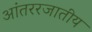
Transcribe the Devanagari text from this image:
आंतररजातीय